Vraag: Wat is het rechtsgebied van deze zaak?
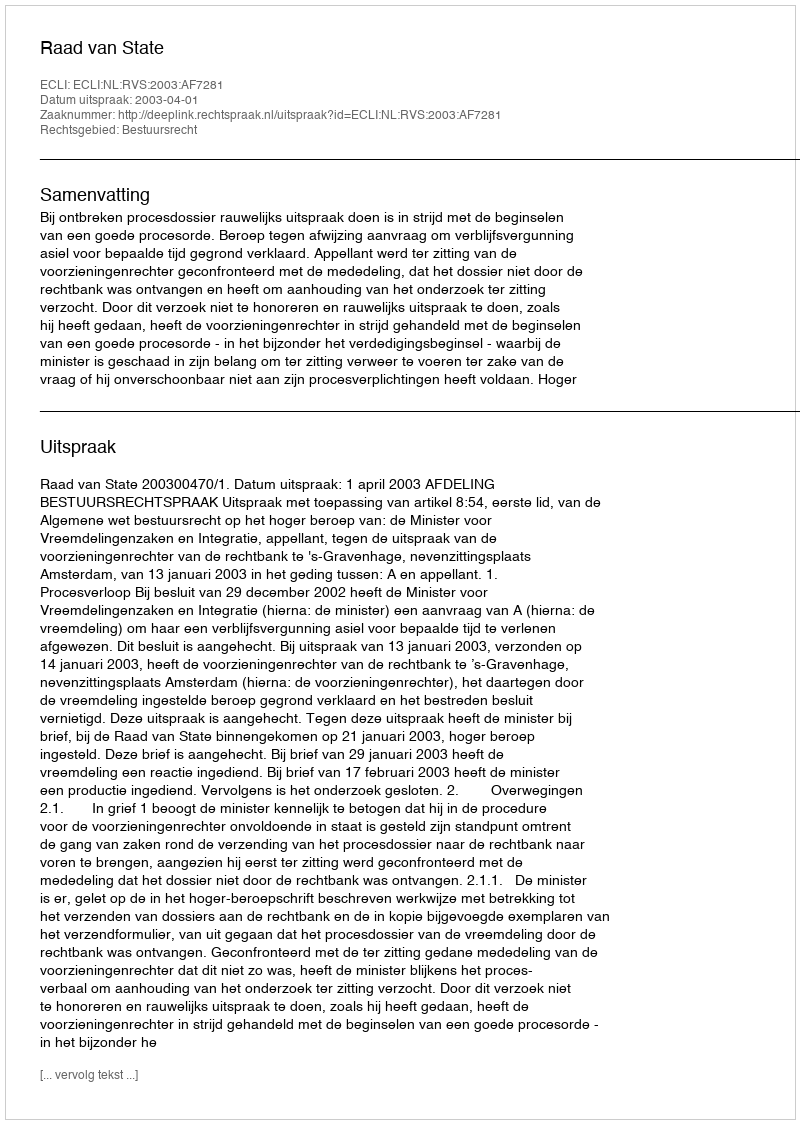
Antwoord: Bestuursrecht